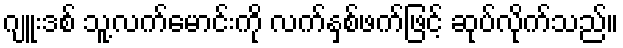
ဂျူးဒစ် သူ့လက်မောင်းကို လက်နှစ်ဖက်ဖြင့် ဆုပ်လိုက်သည်။